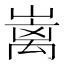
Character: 𡼁